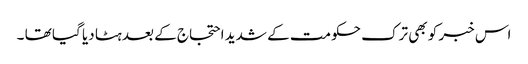
اس خبر کو بھی ترک حکومت کے شدید احتجاج کے بعد ہٹا دیا گیا تھا ۔